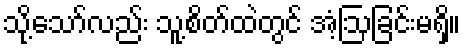
သို့သော်လည်း သူ့စိတ်ထဲတွင် အံ့ဩခြင်းမရှိ။